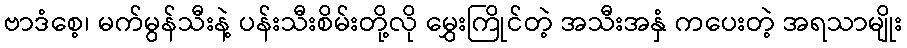
ဗာဒံစေ့၊ မက်မွန်သီးနဲ့ ပန်းသီးစိမ်းတို့လို မွှေးကြိုင်တဲ့ အသီးအနှံ ကပေးတဲ့ အရသာမျိုး